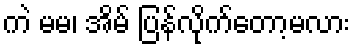
ကဲ မမ၊ အိမ် ပြန်လိုက်တော့မလား